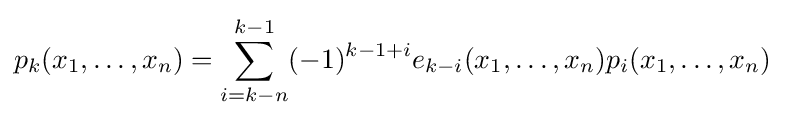
p_{k}(x_{1},\ldots ,x_{n})=\sum _{i=k-n}^{k-1}(-1)^{k-1+i}e_{k-i}(x_{1},\ldots ,x_{n})p_{i}(x_{1},\ldots ,x_{n})